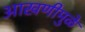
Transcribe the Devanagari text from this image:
आखणीमुळे